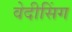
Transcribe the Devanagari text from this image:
वेदीसिंग